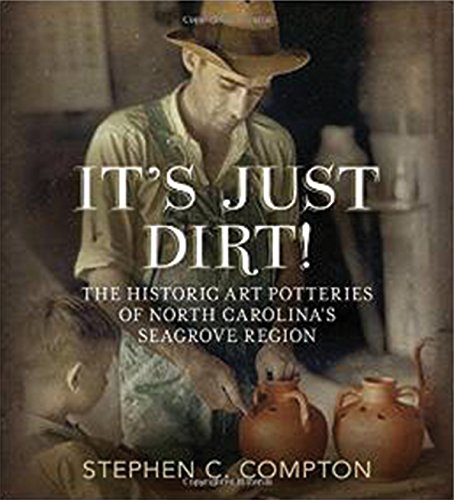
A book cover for It's Just Dirt: The Historic Art Potteries of North Carolina's Seagrove Region; Stephen C. Compton; Crafts, Hobbies & Home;